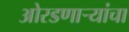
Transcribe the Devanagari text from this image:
ओरडणार्‍यांचा